Mobilization store table India
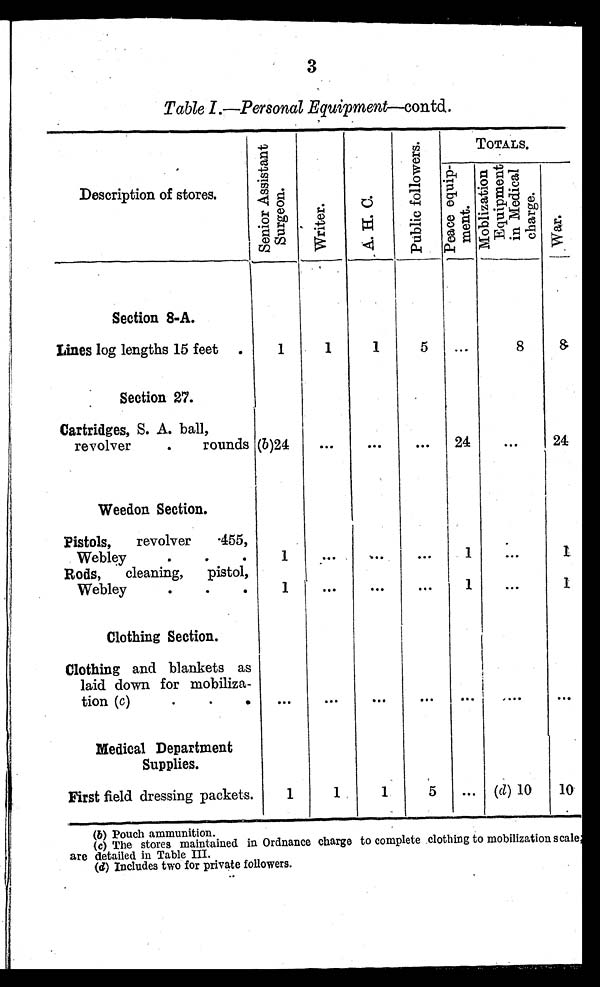
3
Table I.—Personal Equipment—contd.
Description of stores.
S e n i o r A s s i s t a n t S u r g e o n .
Wr i t e r .
A. H. C.
P u b l i c f o l l o w e r s .
TOTALS.
P e a c e e q u i p - m e n t M o b l i z a t i o n E q u i p m e n t i n M e d i c a l c h a r g e .
War.
Section 8-A.
Lines log lengths 15 feet
1
1
1
5 ...
8
8
Section 27.
Cartridges, S. A. ball,
revolver rounds (b)24
...
...
... 24
...
24
Weedon Section.
Pistols, revolver
. 4 5 5 ,
W e b l e y . . .
1
. . .
. . .
. . .
1
...
1
Rods, cleaning, pistol,
W e b l e y . . .
1
. . .
. . .
. . .
1
...
1
Clothing Section.
Clothing and blankets as
laid down for mobiliza-
tion (c)
. . . ...
. . .
. . .
. . .
. . .
...
. . .
Medical Department
Supplies.
First field dressing packets.
1
1
1
5 ... (d) 10 10
(b) Pouch ammunition.
(c) The stores maintained in Ordnance charge to complete clothing to mobilization scale
are detailed in Table III.
(d)Includes two for private followers.